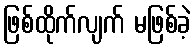
ဖြစ်ထိုက်လျက် မဖြစ်ခဲ့